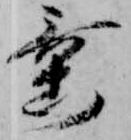
垂